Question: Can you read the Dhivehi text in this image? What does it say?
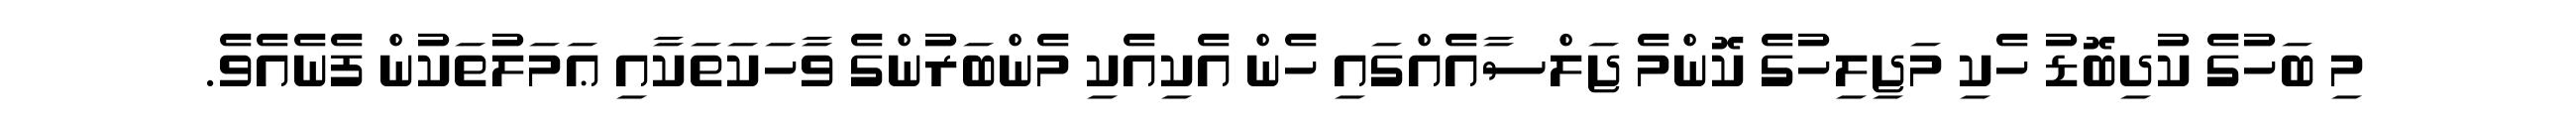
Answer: މި ބަހުގެ ކުދިބޮޑު ހެކި މަޖިލިހުގެ ކޮންމެ ޖަލްސާއެއްގައި ހެން އެކިއެކި މެންބަރުންގެ ވާހަކަތަކާއި ޢަމަލުތަކުން ފެނެއެވެ.